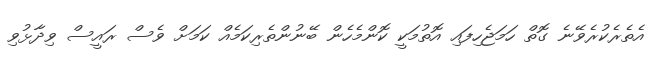
އެތެރެކުރެވޭނެ ގޮތް ހަމަޖެހިފައި އޮތުމަކީ ކޮންމެހެން ބޭނުންތެރިކަމެއް ކަމަށް ވެސް ރައީސް ވިދާޅުވި